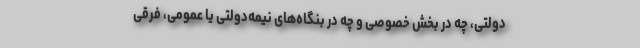
دولتی، چه در بخش خصوصی و چه در بنگاه‌های نیمه‌دولتی یا عمومی، فرقی